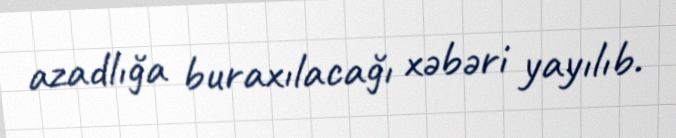
azadlığa buraxılacağı xəbəri yayılıb.